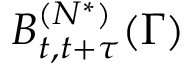
B _ { t , t + \tau } ^ { ( N ^ { * } ) } ( \Gamma )